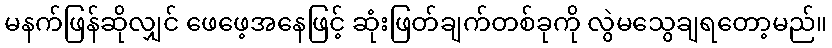
မနက်ဖြန်ဆိုလျှင် ဖေဖေ့အနေဖြင့် ဆုံးဖြတ်ချက်တစ်ခုကို လွဲမသွေချရတော့မည်။